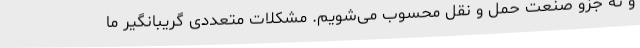
و نه جزو صنعت حمل و نقل محسوب می‌شویم. مشکلات متعددی گریبانگیر ما